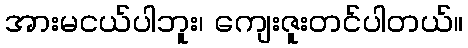
အားမငယ်ပါဘူး၊ ကျေးဇူးတင်ပါတယ်။